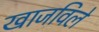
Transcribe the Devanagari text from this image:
खाजविले